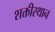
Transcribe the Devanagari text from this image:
शक्तीस्थान